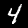
Digit: 4